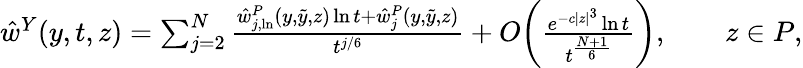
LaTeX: \begin{array}{r}{\hat{w}^{Y}(y,t,z)=\sum_{j=2}^{N}\frac{\hat{w}_{j,\ln}^{P}(y,\tilde{y},z)\ln{t}+\hat{w}_{j}^{P}(y,\tilde{y},z)}{t^{j/6}}+O\bigg(\frac{e^{-c|z|^{3}}\ln{t}}{t^{\frac{N+1}{6}}}\bigg),\qquad z\in P,}\end{array}